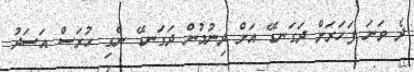
ދެ ވަނަ ފަހަރަށް ދަގަނޑޭ އަށް ދިނުމުން ދަގަނޑޭ ނެގި ހުރަސް އަސަދު